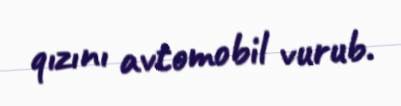
qızını avtomobil vurub.